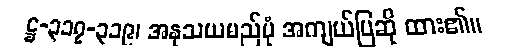
ဋ္ဌ-၃၁၇-၃၁၉၊ အနုသယမည်ပုံ အကျယ်ပြဆို ထား၏။